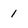
Character: 1